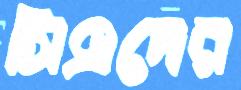
সিএদের